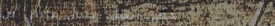
مقهى النيل: مكان مثالي لل